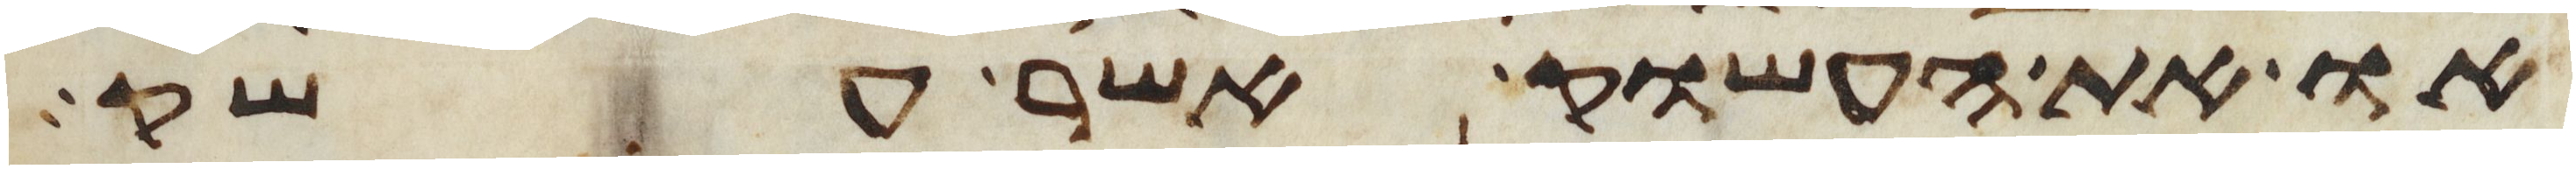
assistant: או את העשוק אשר עשק